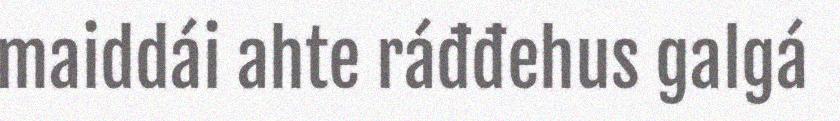
maiddái ahte ráđđehus galgá